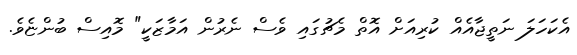
އެކަހަލަ ނަތީޖާއެއް ކުރިއަށް އޮތް މެޗުގައި ވެސް ނެރުން އަމާޒަކީ" މޮއިސް ބުންޏެވެ.